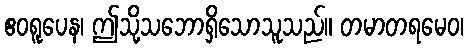
ဧဝရူပေန၊ ဤသို့သဘောရှိသောသူသည်။ တမာတရမေဝ၊